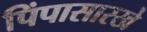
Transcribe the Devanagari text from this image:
पिंपासारखे